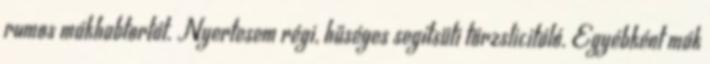
rumos mákhabtortát. Nyertesem régi, hűséges segítsüti törzslicitáló. Egyébként mák